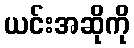
ယင်းအဆိုကို